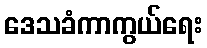
ဒေသခံကာကွယ်ရေး